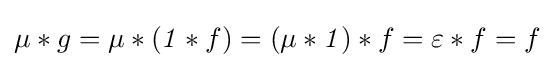
\mu *g=\mu *({\mathit {1}}*f)=(\mu *{\mathit {1}})*f=\varepsilon *f=f